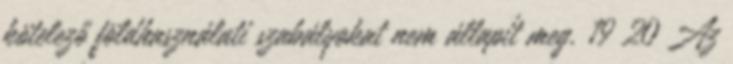
kötelező földhasználati szabályokat nem állapít meg. 19 20 Az